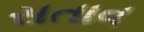
સતાવ